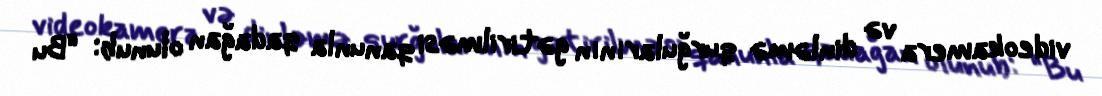
videokamera və dinləmə qurğularının gətirilməsi qanunla qadağan olunub: “Bu